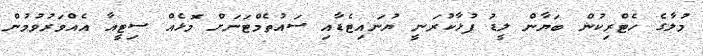
މުލާގެ ހެޓްރިކުން ބަޔާން ލީޑު ފުޅާކުރަނީ ޔުނައިޓެޑާއި ސައުތެމްޓަނަށް މޮޅެއް ސިޓީއާ އެއްވަރުވުމުން